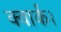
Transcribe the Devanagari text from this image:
क्वार्क।